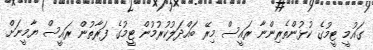
ގައުމީ ޓީމުގެ ކުޅުންތެރިންނާ ރައީސް މިރޭ ބައްދަލުކުރުމުން ޓީމުގެ ފަރާތުން ރައީސް ޔާމީނަށް